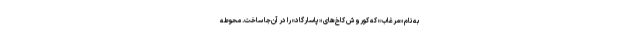
به نام «مُرغاب» که کوروش کاخ‌های «پاسارگاد» را در آن‌جا ساخت. محوطه